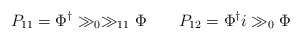
\begin{align*}P_{11} = \Phi^\dagger \gg_0 \gg_{11} \Phi \qquad P_{12} = \Phi^\dagger i\gg_0 \Phi \end{align*}